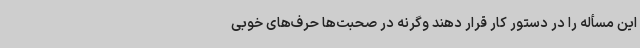
این مسأله را در دستور کار قرار دهند وگرنه در صحبت‌ها حرف‌های خوبی